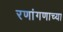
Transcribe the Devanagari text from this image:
रणांगणाच्या